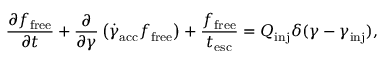
\frac { \partial f _ { \mathrm { f r e e } } } { \partial t } + \frac { \partial } { \partial \gamma } \left( \dot { \gamma } _ { \mathrm { a c c } } f _ { \mathrm { f r e e } } \right) + \frac { f _ { \mathrm { f r e e } } } { t _ { \mathrm { e s c } } } = Q _ { \mathrm { i n j } } \delta ( \gamma - \gamma _ { \mathrm { i n j } } ) ,